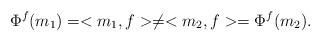
LaTeX: \begin{align*}\Phi^f(m_1)=<m_1,f>\neq <m_2,f>=\Phi^f(m_2).\end{align*}